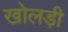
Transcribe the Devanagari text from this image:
खोलड़ी